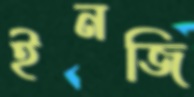
ইনজি